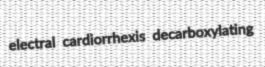
electral cardiorrhexis decarboxylating